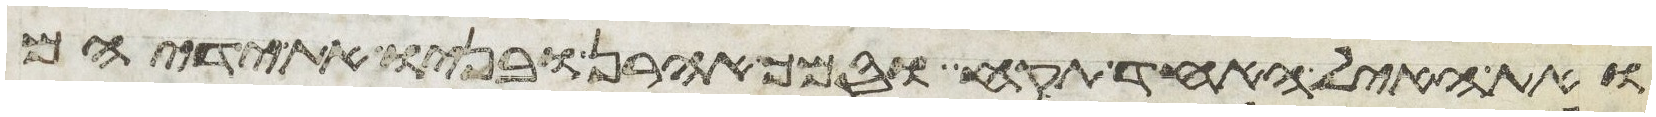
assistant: ואת האיל האחד תקח וסמך אהרן ובניו את ידיהם